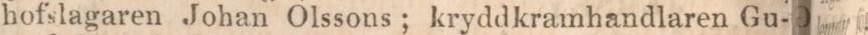
hofslagaren Johan Olssons; kryddkramhandlaren Gu-